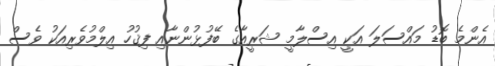
އެންމެ ބޮޑު މައްސަލަ އަކީ އިސްލާމީ ޝަރީއާގެ ބޭފުޅުންނާއި ފިޤުހު އިލްމުވެރިއަކު ވެސް